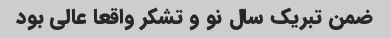
ضمن تبریک سال نو و تشکر واقعا عالی بود